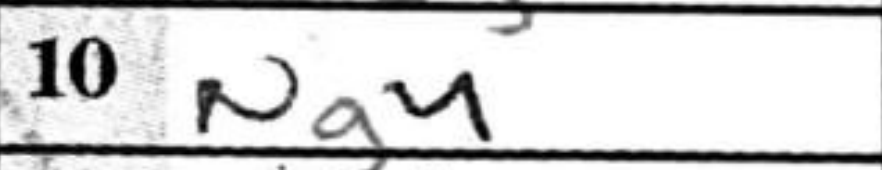
Transcription: Ng4